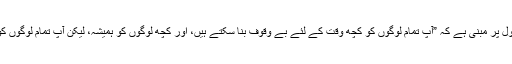
جمہوریت ابراہام لنکن کے اس اصول پر مبنی ہے کہ ”آپ تمام لوگوں کو کچھ وقت کے لئے بے وقوف بنا سکتے ہیں، اور کچھ لوگوں کو ہمیشہ، لیکن آپ تمام لوگوں کو ہمیشہ بے وقوف نہیں بنا سکتے“۔